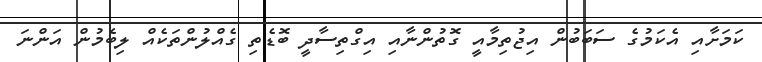
ކަމަށާއި އެކަމުގެ ސަބަބުން އިޖުތިމާއީ ގޮތުންނާއި އިގްތިސާދީ ބޮޑެތި ގެއްލުންތަކެއް ލިބެމުން އަންނަ